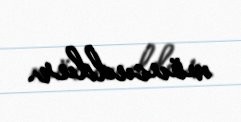
mövcuddur.